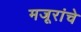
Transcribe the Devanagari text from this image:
मजूरांचे